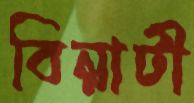
বিন্নাটী